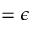
= \epsilon